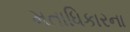
મતાધિકારના